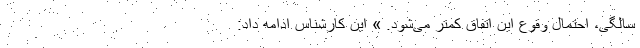
سالگی، احتمال وقوع این اتفاق کمتر می‌شود. » این کارشناس ادامه داد: